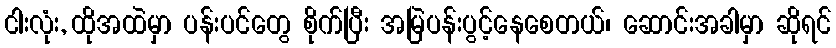
ငါးလုံး, ထိုအထဲမှာ ပန်းပင်တွေ စိုက်ပြီး အမြဲပန်းပွင့်နေစေတယ်၊ ဆောင်းအခါမှာ ဆိုရင်